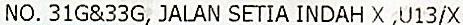
NO. 31G&33G, JALAN SETIA INDAH X ,U13/X